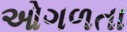
ઓગળતા